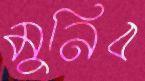
মুনিব